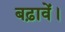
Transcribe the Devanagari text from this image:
बढ़ावें।